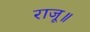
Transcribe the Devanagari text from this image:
राजू॥